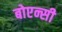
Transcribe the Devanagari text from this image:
बोएन्सी